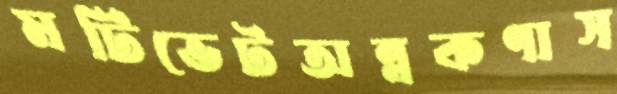
মটিভেটঅন্নকণাস